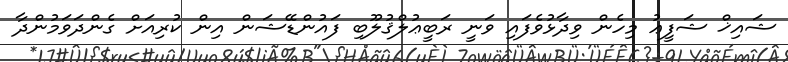
ޝައިޚް ޝަފީޢު މިހެން ވިދާޅުވެފައި ވަނީ ރަބީޢުލްޤުލޫބި ފައުންޑޭޝަން އިން ކުރިއަށް ގެންދަވަމުންދާ